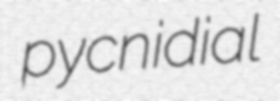
pycnidial